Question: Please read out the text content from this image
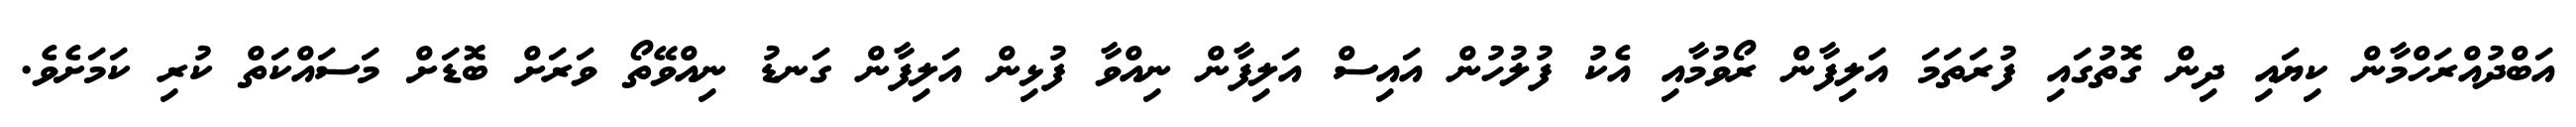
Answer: އަބްދުއްރަހްމާން ކިޔައި ދިން ގޮތުގައި ފުރަތަމަ އަލިފާން ރޯވުމާއި އެކު ފުލުހުން އައިސް އަލިފާން ނިއްވާ ފުޅިން އަލިފާން ގަނޑު ނިއްވޭތޯ ވަރަށް ބޮޑަށް މަސައްކަތް ކުރި ކަމަށެވެ.